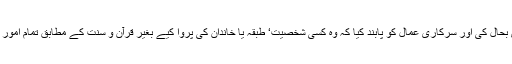
قانون کی عملداری بحال کی اور سرکاری عمال کو پابند کیا کہ وہ کسی شخصیت‘ طبقہ یا خاندان کی پروا کیے بغیر قرآن و سنت کے مطابق تمام امور کے فیصلے کریں۔